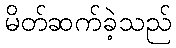
မိတ်ဆက်ခဲ့သည်